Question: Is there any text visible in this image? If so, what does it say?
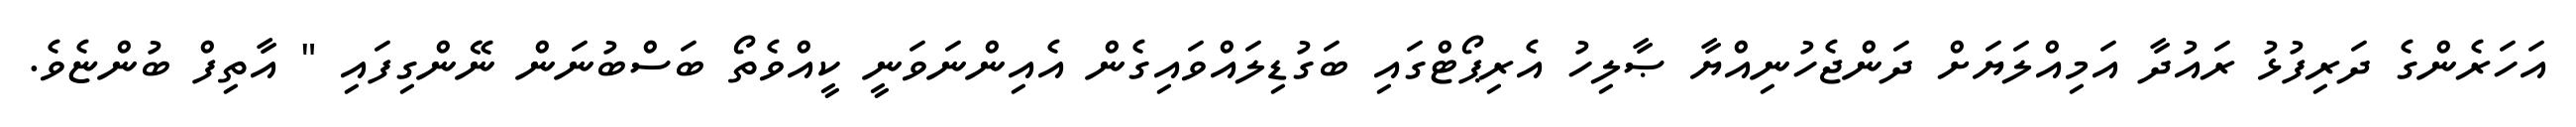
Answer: އަހަރެންގެ ދަރިފުޅު ރައުދާ އަމިއްލަޔަށް ދަންޖެހުނިއްޔާ ޞާލިހު އެރިޕޯޓްގައި ބަގުޑިލައްވައިގެން އެއިންނަވަނީ ކީއްވެތޯ ބަސްބުނަން ނޭންގިފައި " އާތިފް ބުންޏެވެ.